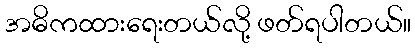
အဓိကထားရေးတယ်လို့ ဖတ်ရပါတယ်။